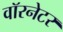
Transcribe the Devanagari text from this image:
वॉरनेटर